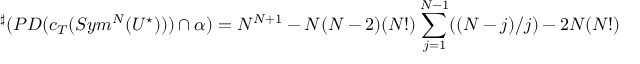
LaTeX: { } ^ { \sharp } ( P D ( c _ { T } ( S y m ^ { N } ( U ^ { \star } ) ) ) \cap \alpha ) = N ^ { N + 1 } - N ( N - 2 ) ( N ! ) \sum _ { j = 1 } ^ { N - 1 } ( ( N - j ) / j ) - 2 N ( N ! )